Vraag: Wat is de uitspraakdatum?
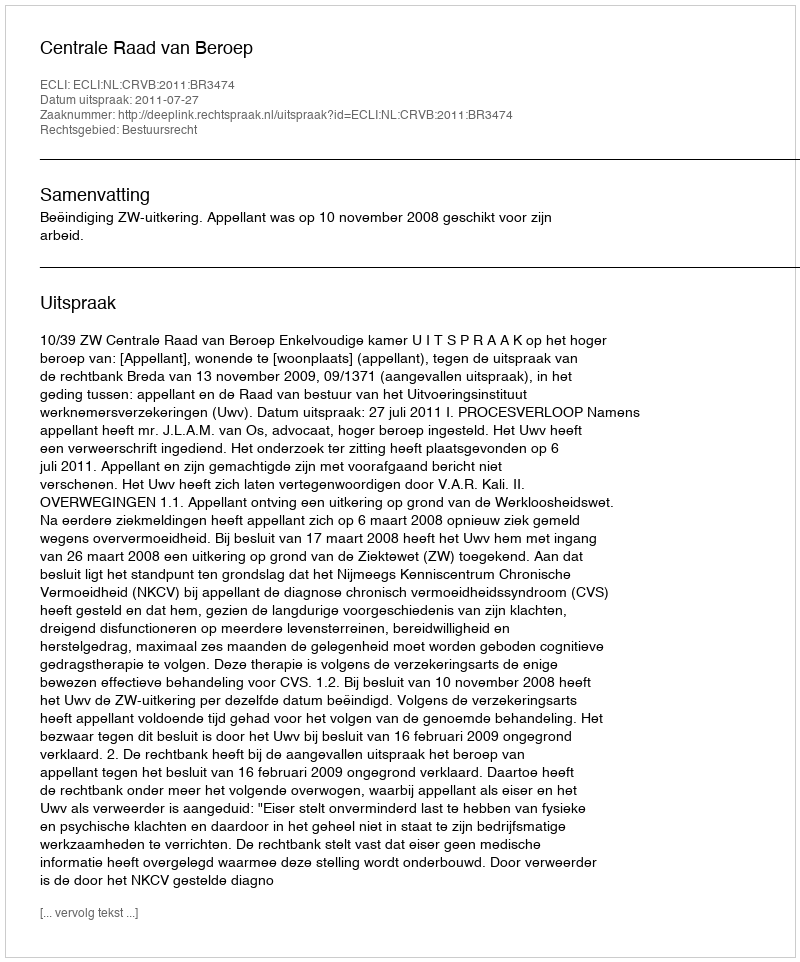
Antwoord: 2011-07-27